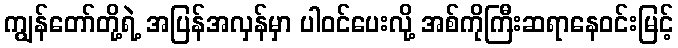
ကျွန်တော်တို့ရဲ့ အပြန်အလှန်မှာ ပါဝင်ပေးလို့ အစ်ကိုကြီးဆရာနေဝင်းမြင့်